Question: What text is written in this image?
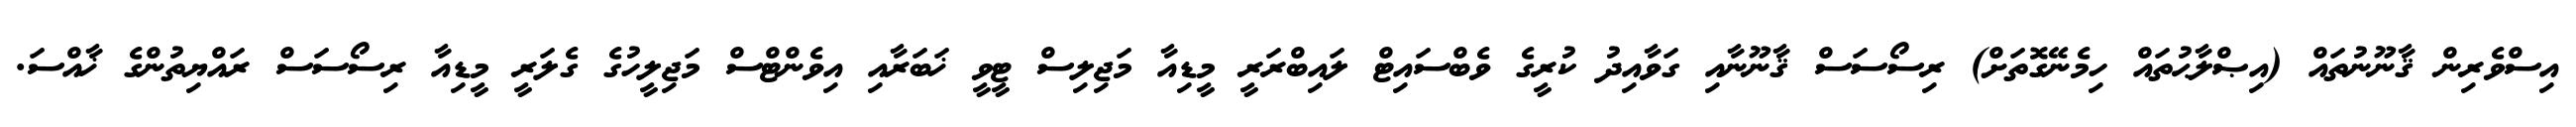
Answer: އިސްވެރިން ޤާނޫނުތައް (އިޞްލާޙުތައް ހިމެނޭގޮތަށް) ރިސޯސަސް ޤާނޫނާއި ގަވާއިދު ކުރީގެ ވެބްސައިޓް ލައިބްރަރީ މީޑިއާ މަޖިލިސް ޓީވީ ޚަބަރާއި އިވެންޓްސް މަޖިލީހުގެ ގެލަރީ މީޑިއާ ރިސޯސަސް ރައްޔިތުންގެ ޚާއްސަ.